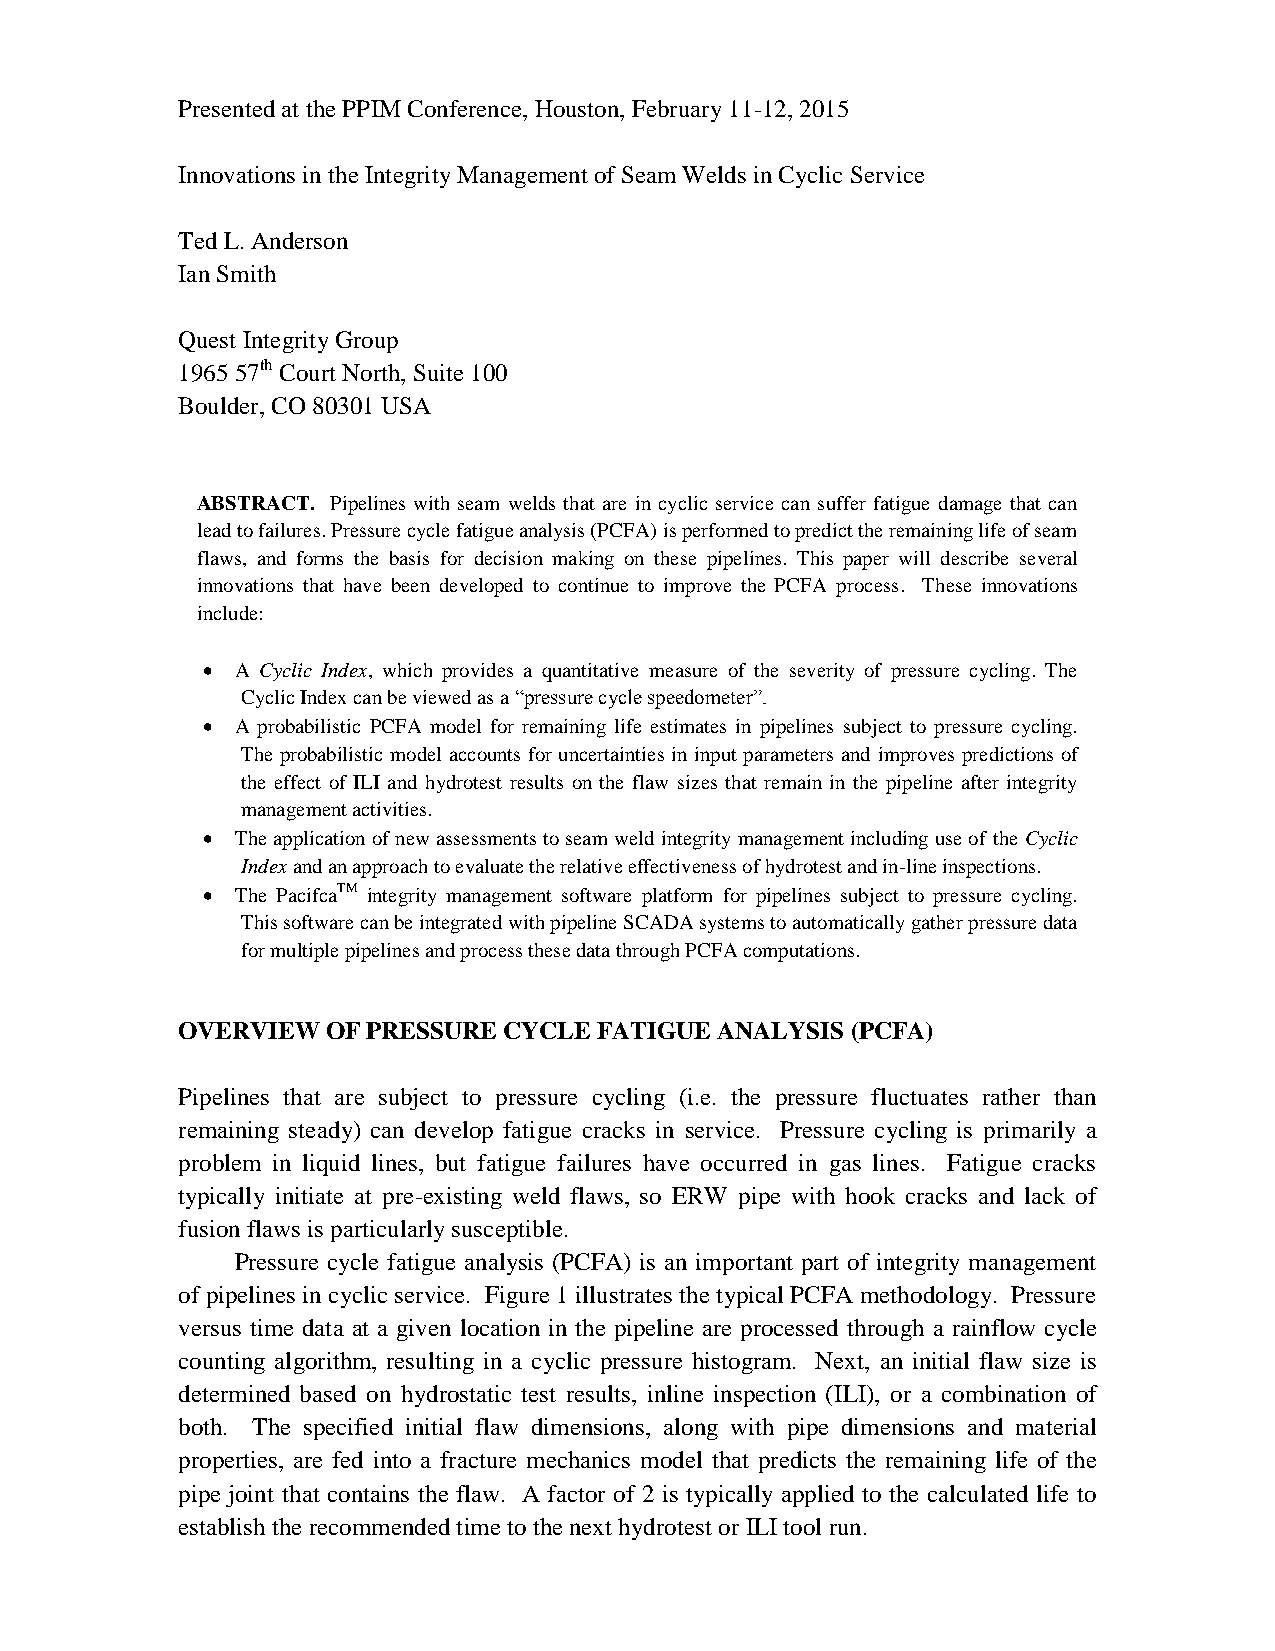
Presented at the PPIM Conference, Houston, February 11-12, 2015
 Innovations in the Integrity Management of Seam Welds in Cyclic Service
 Ted L. Anderson
 Ian Smith
 Quest Integrity Group
 1965 57th Court North, Suite 100
 Boulder, CO 80301 USA
 ABSTRACT. Pipelines with seam welds that are in cyclic service can suffer fatigue damage that can
 lead to failures. Pressure cycle fatigue analysis (PCFA) is performed to predict the remaining life of seam
 flaws, and forms the basis for decision making on these pipelines. This paper will describe several
 innovations that have been developed to continue to improve the PCFA process. These innovations
 include:
   A Cyclic Index, which provides a quantitative measure of the severity of pressure cycling. The
 Cyclic Index can be viewed as a “pressure cycle speedometer”.
   A probabilistic PCFA model for remaining life estimates in pipelines subject to pressure cycling.
 The probabilistic model accounts for uncertainties in input parameters and improves predictions of
 the effect of ILI and hydrotest results on the flaw sizes that remain in the pipeline after integrity
 management activities.
   The application of new assessments to seam weld integrity management including use of the Cyclic
 Index and an approach to evaluate the relative effectiveness of hydrotest and in-line inspections.
   The PacifcaTM integrity management software platform for pipelines subject to pressure cycling.
 This software can be integrated with pipeline SCADA systems to automatically gather pressure data
 for multiple pipelines and process these data through PCFA computations.
 OVERVIEW  OF PRESSURE CYCLE FATIGUE ANALYSIS (PCFA)
 Pipelines that are subject to pressure cycling (i.e. the pressure fluctuates rather than
 remaining steady) can develop fatigue cracks in service. Pressure cycling is primarily a
 problem in liquid lines, but fatigue failures have occurred in gas lines. Fatigue cracks
 typically initiate at pre-existing weld flaws, so ERW pipe with hook cracks and lack of
 fusion flaws is particularly susceptible.
 Pressure cycle fatigue analysis (PCFA) is an important part of integrity management
 of pipelines in cyclic service. Figure 1 illustrates the typical PCFA methodology. Pressure
 versus time data at a given location in the pipeline are processed through a rainflow cycle
 counting algorithm, resulting in a cyclic pressure histogram. Next, an initial flaw size is
 determined based on hydrostatic test results, inline inspection (ILI), or a combination of
 both. The specified initial flaw dimensions, along with pipe dimensions and material
 properties, are fed into a fracture mechanics model that predicts the remaining life of the
 pipe joint that contains the flaw. A factor of 2 is typically applied to the calculated life to
 establish the recommended time to the next hydrotest or ILI tool run.